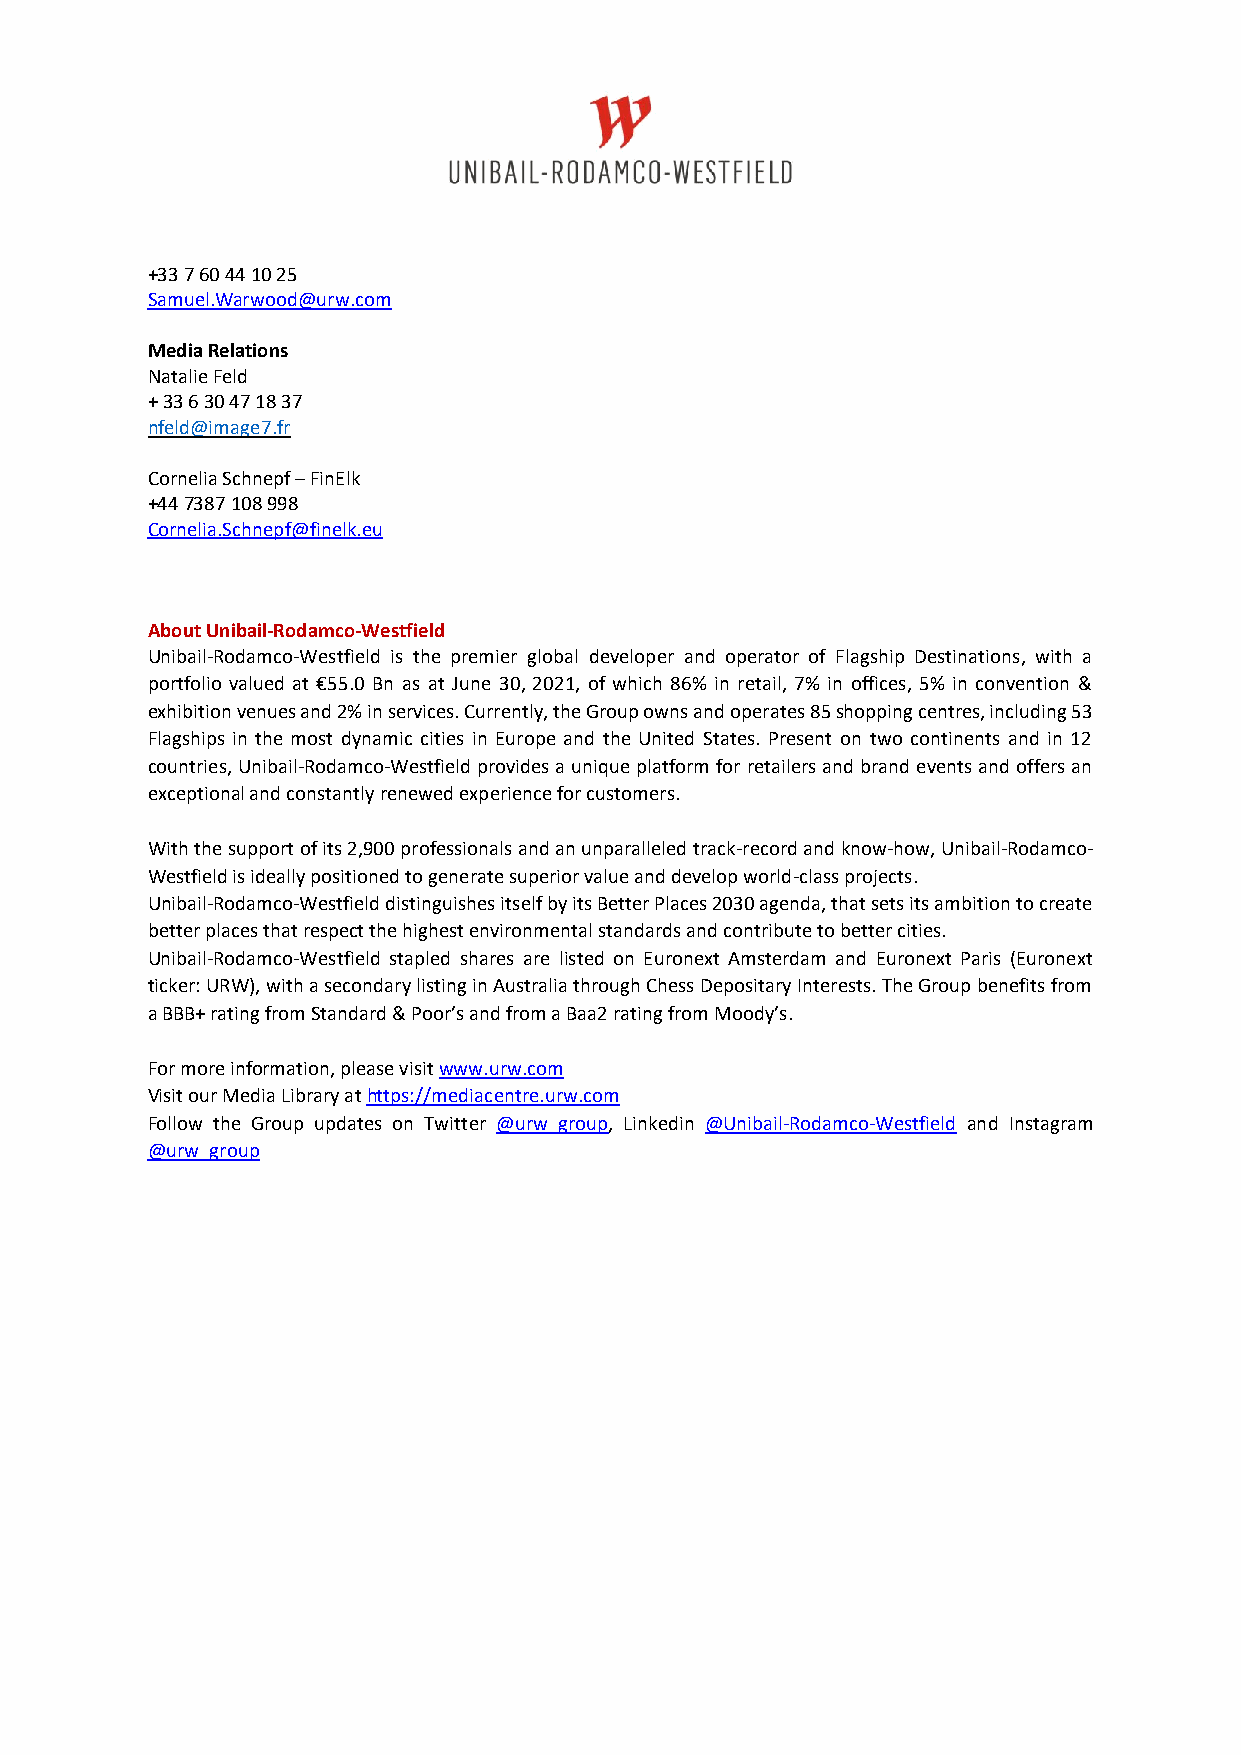
+33 7 60 44 10 25
 Samuel.Warwood@urw.com
 Media Relations
 Natalie Feld
 + 33 6 30 47 18 37
 nfeld@image7.fr
 Cornelia Schnepf – FinElk
 +44 7387 108 998
 Cornelia.Schnepf@finelk.eu
 About Unibail-Rodamco-Westfield
 Unibail-Rodamco-Westfield is the premier global developer and operator of Flagship Destinations, with a
 portfolio valued at €55.0 Bn as at June 30, 2021, of which 86% in retail, 7% in offices, 5% in convention &
 exhibition venues and 2% in services. Currently, the Group owns and operates 85 shopping centres, including 53
 Flagships in the most dynamic cities in Europe and the United States. Present on two continents and in 12
 countries, Unibail-Rodamco-Westfield provides a unique platform for retailers and brand events and offers an
 exceptional and constantly renewed experience for customers.
 With the support of its 2,900 professionals and an unparalleled track-record and know-how, Unibail-Rodamco-
 Westfield is ideally positioned to generate superior value and develop world-class projects.
 Unibail-Rodamco-Westfield distinguishes itself by its Better Places 2030 agenda, that sets its ambition to create
 better places that respect the highest environmental standards and contribute to better cities.
 Unibail-Rodamco-Westfield stapled shares are listed on Euronext Amsterdam and Euronext Paris (Euronext
 ticker: URW), with a secondary listing in Australia through Chess Depositary Interests. The Group benefits from
 a BBB+ rating from Standard & Poor’s and from a Baa2 rating from Moody’s.
 For more information, please visit www.urw.com
 Visit our Media Library at https://mediacentre.urw.com
 Follow the Group updates on Twitter @urw_group, Linkedin @Unibail-Rodamco-Westfield and Instagram
 @urw_group